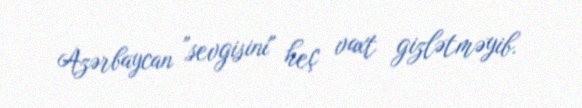
Azərbaycan "sevgisini" heç vaxt gizlətməyib.